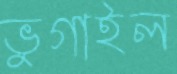
ভুগাইল